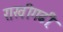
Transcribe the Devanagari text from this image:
राखीगढी़